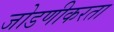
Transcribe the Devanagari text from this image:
जोडणीकरता